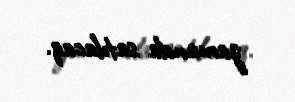
zamanda satılacaq.